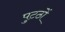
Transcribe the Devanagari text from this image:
पुटठों